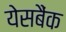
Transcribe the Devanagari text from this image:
येसबैंक